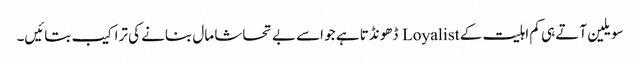
سویلین آتے ہی کم اہلیت کے Loyalist ڈھونڈتا ہے جو اسے بے تحاشا مال بنانے کی تراکیب بتائیں۔